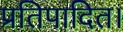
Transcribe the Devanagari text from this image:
प्रतिपादित।